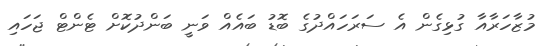
މުޒާހަރާއާ ގުޅިގެން އެ ސަރަހައްދުގެ ބޮޑު ބައެއް ވަނީ ބަންދުކޮށް ޓެންޓް ޖަހައި